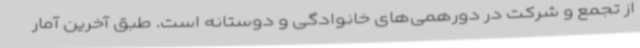
از تجمع و شرکت در دورهمی‌های خانوادگی و دوستانه است. طبق آخرین آمار